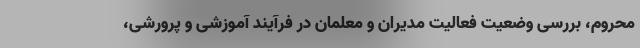
محروم، بررسی وضعیت فعالیت مدیران و معلمان در فرآیند آموزشی و پرورشی،